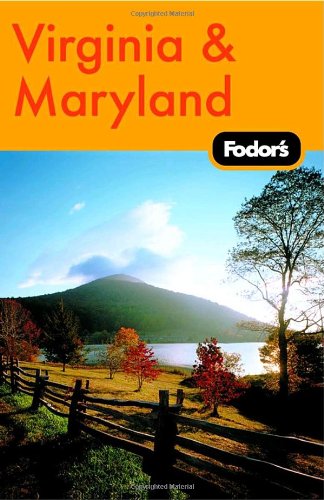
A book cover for Fodor's Virginia and Maryland, 8th Edition (Fodor's Gold Guides); Fodor's; Travel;